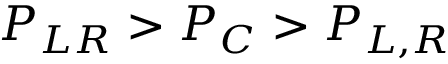
P _ { L R } > P _ { C } > P _ { L , R }